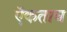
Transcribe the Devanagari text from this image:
ऍकताच